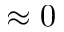
\approx 0